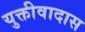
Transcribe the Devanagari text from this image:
युक्तीवादास